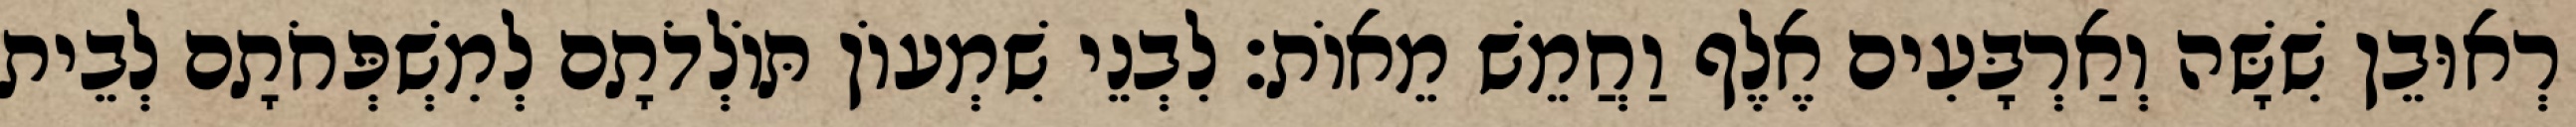
רְאוּבֵן שִׁשָּׁה וְאַרְבָּעִים אֶלֶף וַחֲמֵשׁ מֵאוֹת׃ לִבְנֵי שִׁמְעוֹן תּוֹלְדֹתָם לְמִשְׁפְּחֹתָם לְבֵית